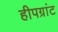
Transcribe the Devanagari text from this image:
हीपग्रांट